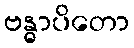
ဗန္ဓာပိတော